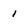
Character: 1